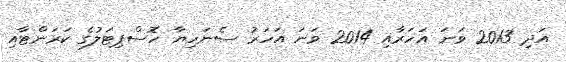
އަދި 2013 ވަނަ އަހަރާއި 2014 ވަނަ އަހަރު ސެނަހިޔާ ހޮސްޕިޓަލުގެ ކަރަންޓާއި